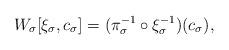
LaTeX: \begin{align*}W_{\sigma}[\xi _{\sigma},c_{\sigma}] = (\pi _{\sigma} ^{-1}\circ \xi _{\sigma}^{-1})(c_{\sigma}),\end{align*}